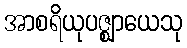
အာစရိယုပဇ္ဈာယေသု